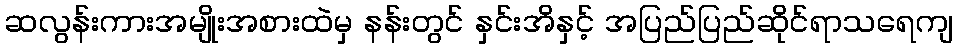
ဆလွန်းကားအမျိုးအစားထဲမှ နန်းတွင် နှင်းအိနှင့် အပြည်ပြည်ဆိုင်ရာသရေကျ